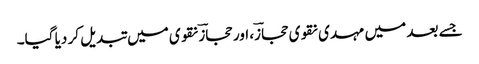
جسے بعد میں مہدی نقوی حجازؔ، اور حجازؔ نقوی میں تبدیل کر دیا گیا۔